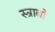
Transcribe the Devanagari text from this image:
स्त्राबो